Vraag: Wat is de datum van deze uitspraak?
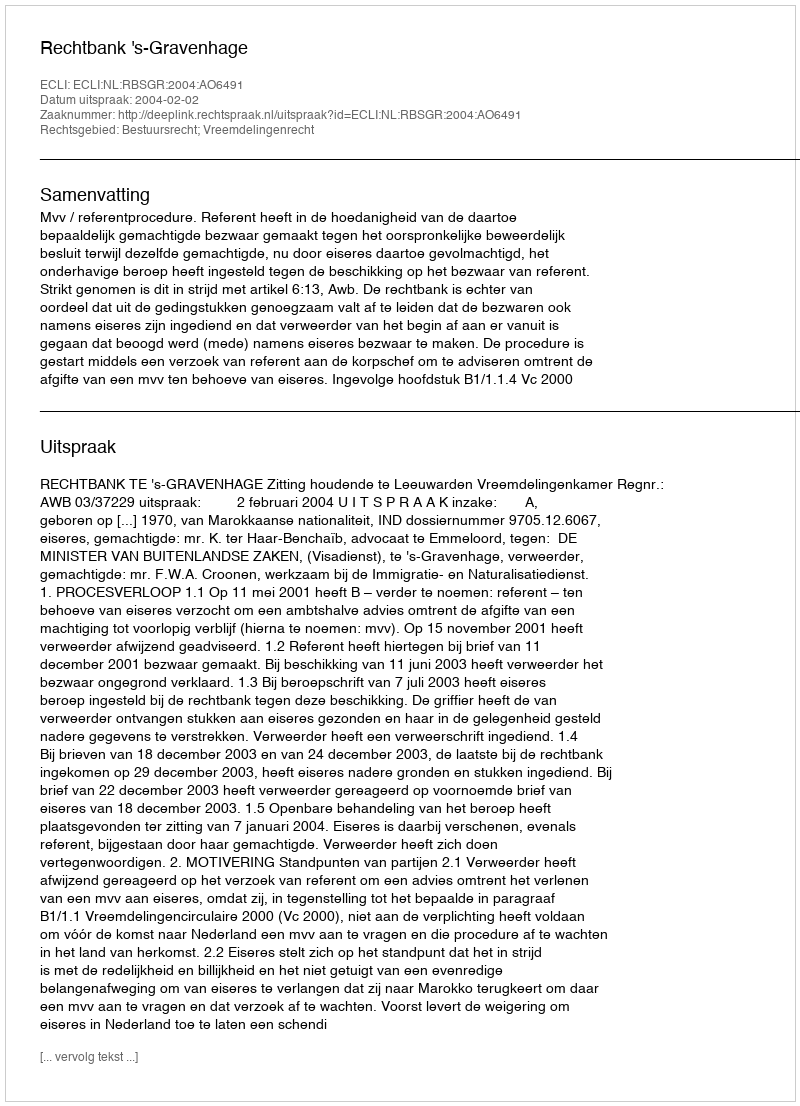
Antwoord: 2004-02-02